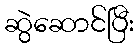
ဆွဲဆောင်ပြီး